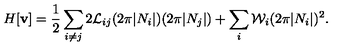
H [ { \bf v } ] = \frac { 1 } { 2 } \sum _ { i \neq j } 2 { \cal L } _ { i j } ( 2 \pi | N _ { i } | ) ( 2 \pi | N _ { j } | ) + \sum _ { i } { \cal W } _ { i } ( 2 \pi | N _ { i } | ) ^ { 2 } .